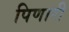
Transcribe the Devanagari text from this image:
पिणारी